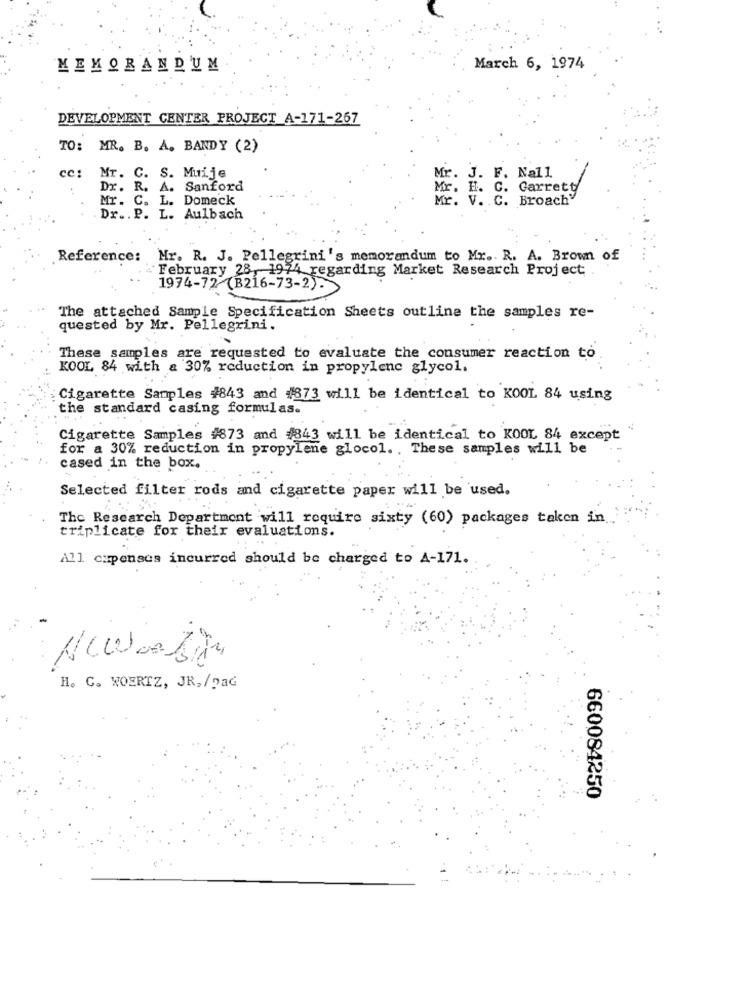
MEMORANDUM
March 6, 1974
DEVELOPMENT CENTER PROJECT A-171-267
TO: MR. B. A. BANDY (2)
cc:
Mr. C. S. Muije
Mr. J. F. Nall
Dx. R. A. Sanford
Mr. H. C. Garrett
Mr. C. L. Domeck
Mr. V. C. Broach"
Dr .. P. L. Aulbach
Reference: Mr. R. J. Pellegrini's memorandum to Mr .. R. A. Brown of
February 28, 1974 regarding Market Research Project
1974-72 (B216-73-2).
The attached Sample Specification Sheets outline the samples re-
quested by Mr. Pellegrini.
These samples are requested to evaluate the consumer reaction to
KOOL 84 with a 30% reduction in propylene glycol.
Cigarette Samples #843 and #873 will be identical to KOOL 84 using
the standard casing formulas.
04
Cigarette Samples #873 and #843 will be identical to KOOL 84 except
for a 30% reduction in propylene glocol. . These samples will be
cased in the box.
Selected filter rods and cigarette paper will be used.
The Research Department will require sixty (60) packages taken in
triplicate for their evaluations.
All cupenses incurred should be charged to A-171.
H. C. WOERTZ, JR./paG
660084250